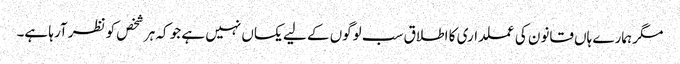
مگر ہمارے ہاں قانون کی عملداری کا اطلاق سب لوگوں کے لیے یکساں نہیں ہے جو کہ ہر شخص کو نظر آرہا ہے۔